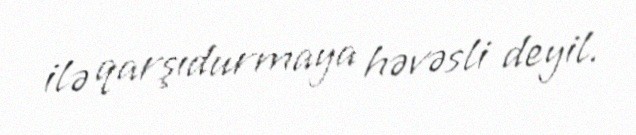
ilə qarşıdurmaya həvəsli deyil.